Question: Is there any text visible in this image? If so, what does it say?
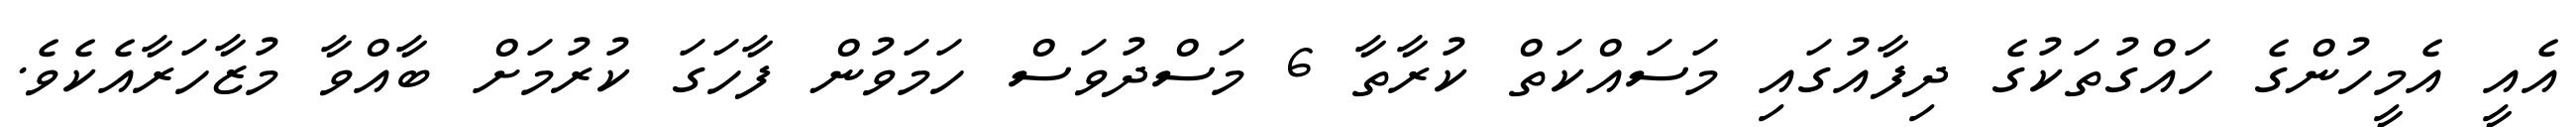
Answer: އެއީ އެމީހުންގެ ހައްގުތަކުގެ ދިފާއުގައި މަސައްކަތް ކުރާތާ 6 މަސްދުވަސް ހަމަވުން ފާހަގަ ކުރުމަށް ބާއްވާ މުޒާހަރާއެކެވެ.